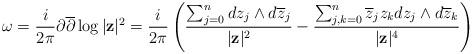
LaTeX: \begin{align*}\omega = \frac{i}{2\pi}\partial \overline{\partial}\log |\mathbf{z}|^2 = \frac{i}{2\pi} \left(\frac{\sum_{j=0}^ndz_j\wedge d\overline{z}_j}{|\mathbf{z}|^2} - \frac{\sum_{j,k=0}^n\overline{z}_jz_kdz_j\wedge d\overline{z}_k}{|\mathbf{z}|^4} \right)\end{align*}